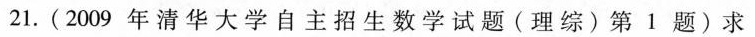
21.(2009年清华大学自主招生数学试题(理综)第1题)求